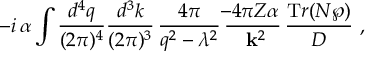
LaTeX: - i \, \alpha \int \frac { d ^ { 4 } q } { ( 2 \pi ) ^ { 4 } } \frac { d ^ { 3 } k } { ( 2 \pi ) ^ { 3 } } \, \frac { 4 \pi } { q ^ { 2 } - \lambda ^ { 2 } } \, \frac { \! \! - 4 \pi Z \alpha } { ~ { \bf k } ^ { 2 } } \, \frac { { \mathrm T r } ( { \cal N } \wp ) } { \cal D } ~ ,